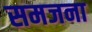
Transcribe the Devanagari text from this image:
समजना